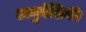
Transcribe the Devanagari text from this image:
अनुवंशिकी